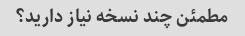
مطمئن چند نسخه نیاز دارید؟